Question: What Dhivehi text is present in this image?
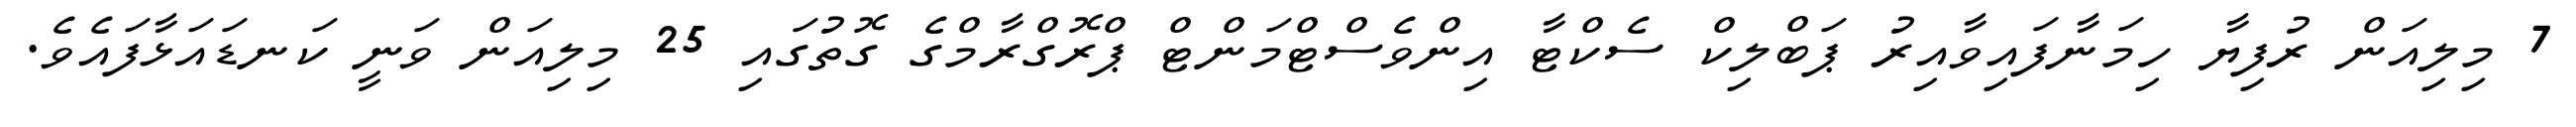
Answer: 7 މިލިއަން ރުފިޔާ ހިމަނާފައިވާއިރު ޕަބްލިކް ސެކްޓާ އިންވެސްޓްމަންޓް ޕްރޮގްރާމްގެ ގޮތުގައި 25 މިލިއަން ވަނީ ކަނޑައަޅާފައެވެ.